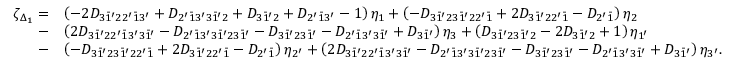
\begin{array} { r l } { \zeta _ { \Delta _ { 1 } } = } & { \left( { - 2 { D _ { 3 \bar { 1 } ^ { \prime } 2 2 ^ { \prime } \bar { 1 } 3 ^ { \prime } } } + { D _ { 2 ^ { \prime } \bar { 1 } 3 ^ { \prime } 3 \bar { 1 } ^ { \prime } 2 } } + { D _ { 3 \bar { 1 } ^ { \prime } 2 } } + { D _ { 2 ^ { \prime } \bar { 1 } 3 ^ { \prime } } } - 1 } \right) { \eta _ { 1 } } + \left( { - { D _ { 3 \bar { 1 } ^ { \prime } 2 3 \bar { 1 } ^ { \prime } 2 2 ^ { \prime } \bar { 1 } } } + 2 { D _ { 3 \bar { 1 } ^ { \prime } 2 2 ^ { \prime } \bar { 1 } } } - { D _ { 2 ^ { \prime } \bar { 1 } } } } \right) { \eta _ { 2 } } } \\ { - } & { \left( { 2 { D _ { 3 \bar { 1 } ^ { \prime } 2 2 ^ { \prime } \bar { 1 } 3 ^ { \prime } 3 \bar { 1 } ^ { \prime } } } - { D _ { 2 ^ { \prime } \bar { 1 } 3 ^ { \prime } 3 \bar { 1 } ^ { \prime } 2 3 \bar { 1 } ^ { \prime } } } - { D _ { 3 \bar { 1 } ^ { \prime } 2 3 \bar { 1 } ^ { \prime } } } - { D _ { 2 ^ { \prime } \bar { 1 } 3 ^ { \prime } 3 \bar { 1 } ^ { \prime } } } + { D _ { 3 \bar { 1 } ^ { \prime } } } } \right) { \eta _ { 3 } } + \left( { { D _ { 3 \bar { 1 } ^ { \prime } 2 3 \bar { 1 } ^ { \prime } 2 } } - 2 { D _ { 3 \bar { 1 } ^ { \prime } 2 } } + 1 } \right) { \eta _ { 1 ^ { \prime } } } } \\ { - } & { \left( { - { D _ { 3 \bar { 1 } ^ { \prime } 2 3 \bar { 1 } ^ { \prime } 2 2 ^ { \prime } \bar { 1 } } } + 2 { D _ { 3 \bar { 1 } ^ { \prime } 2 2 ^ { \prime } \bar { 1 } } } - { D _ { 2 ^ { \prime } \bar { 1 } } } } \right) { \eta _ { 2 ^ { \prime } } } + \left( { 2 { D _ { 3 \bar { 1 } ^ { \prime } 2 2 ^ { \prime } \bar { 1 } 3 ^ { \prime } 3 \bar { 1 } ^ { \prime } } } - { D _ { 2 ^ { \prime } \bar { 1 } 3 ^ { \prime } 3 \bar { 1 } ^ { \prime } 2 3 \bar { 1 } ^ { \prime } } } - { D _ { 3 \bar { 1 } ^ { \prime } 2 3 \bar { 1 } ^ { \prime } } } - { D _ { 2 ^ { \prime } \bar { 1 } 3 ^ { \prime } 3 \bar { 1 } ^ { \prime } } } + { D _ { 3 \bar { 1 } ^ { \prime } } } } \right) { \eta _ { 3 ^ { \prime } } } . } \end{array}